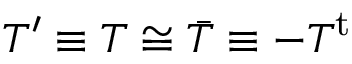
T ^ { \prime } \equiv \o T \cong \bar { T } \equiv - T ^ { \mathrm { t } }